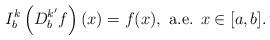
LaTeX: \begin{align*}I_b^k \left(D_b^{k'}f\right)(x)= f(x),\mbox{ a.e. }x\in [a,b].\end{align*}